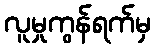
လူမှုကွန်ရက်မှ